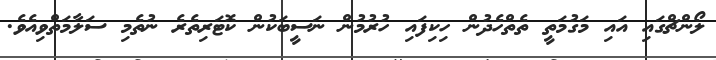
ލޯންޗްގައި އައި މަގުމަތީ ތެތްހެދުން ހިކިފައި ހުރުމުން ނަސީބަކުން ކޮޓަރިތެރެ ނުތެމި ސަލާމަތްވިއެވެ.